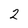
Character: 2